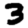
Digit: 3